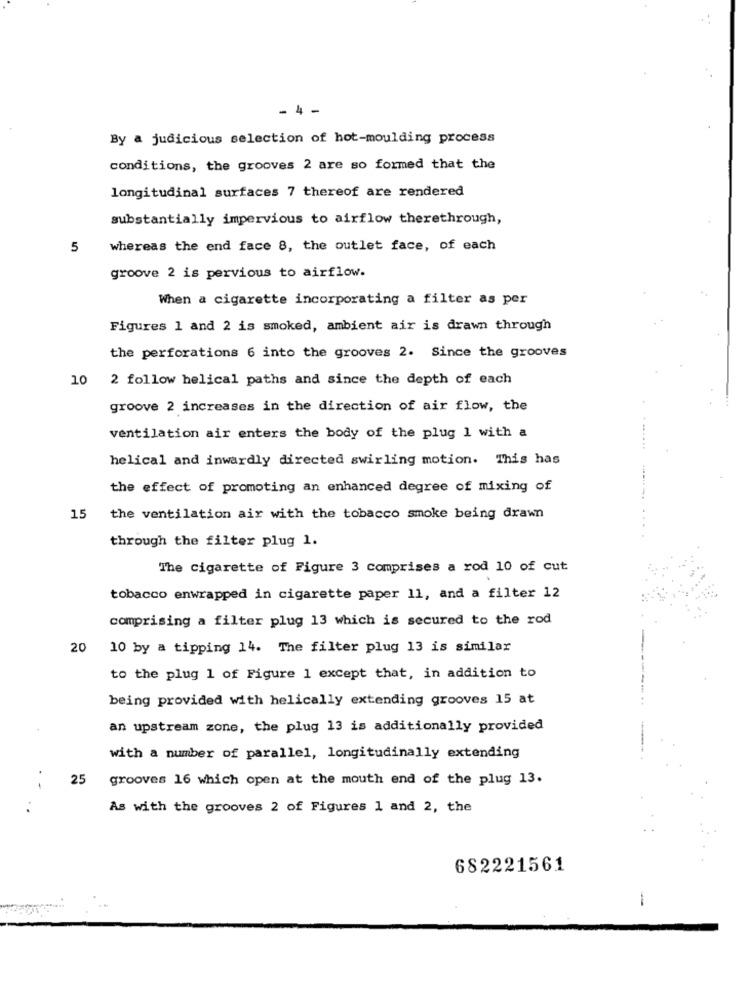
- 4 -
By a judicious selection of hot-moulding process
conditions, the grooves 2 are so formed that the
longitudinal surfaces 7 thereof are rendered
substantially impervious to airflow therethrough,
5
whereas the end face 8, the outlet face, of each
groove 2 is pervious to airflow.
When a cigarette incorporating a filter as per
Figures 1 and 2 is smoked, ambient air is drawn through
the perforations 6 into the grooves 2. Since the grooves
10 2 follow helical paths and since the depth of each
groove 2 increases in the direction of air flow, the
ventilation air enters the body of the plug 1 with a
helical and inwardly directed swirling motion. This has
the effect of promoting an enhanced degree of mixing of
15
the ventilation air with the tobacco smoke being drawn
through the filter plug 1.
The cigarette of Figure 3 comprises a rod 10 of cut
tobacco enwrapped in cigarette paper 11, and a filter 12
comprising a filter plug 13 which is secured to the rod
20
10 by a tipping 14. The filter plug 13 is similar
to the plug 1 of Figure 1 except that, in addition to
being provided with helically extending grooves 15 at
an upstream zone, the plug 13 is additionally provided
with a number of parallel, longitudinally extending
25
grooves 16 which open at the mouth end of the plug 13.
As with the grooves 2 of Figures 1 and 2, the
682221561
a